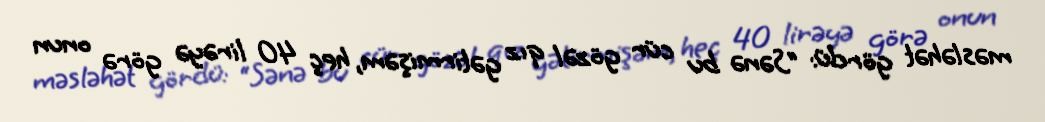
məsləhət gördü: “Sənə bu cür gözəl qız gətirmişəm, heç 40 lirəyə görə onun